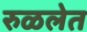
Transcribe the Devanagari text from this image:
रुळलेत